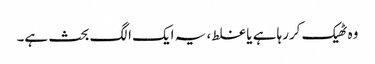
وہ ٹھیک کررہا ہے یا غلط، یہ ایک الگ بحث ہے۔